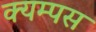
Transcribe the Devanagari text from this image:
क्यम्पस